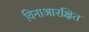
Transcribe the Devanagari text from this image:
विनाआरक्षित